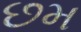
છમ